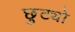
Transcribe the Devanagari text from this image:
छुट्यो